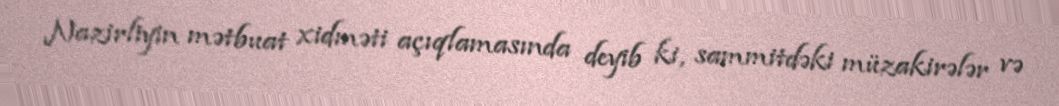
Nazirliyin mətbuat xidməti açıqlamasında deyib ki, sammitdəki müzakirələr və